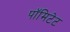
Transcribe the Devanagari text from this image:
पॉमिटेट